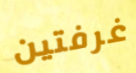
غرفتين